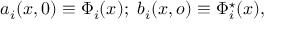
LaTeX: a _ { i } ( x , 0 ) \equiv \Phi _ { i } ( x ) ; \ b _ { i } ( x , o ) \equiv \Phi _ { i } ^ { \star } ( x ) ,